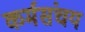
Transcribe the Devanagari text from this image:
कर्मसंचय